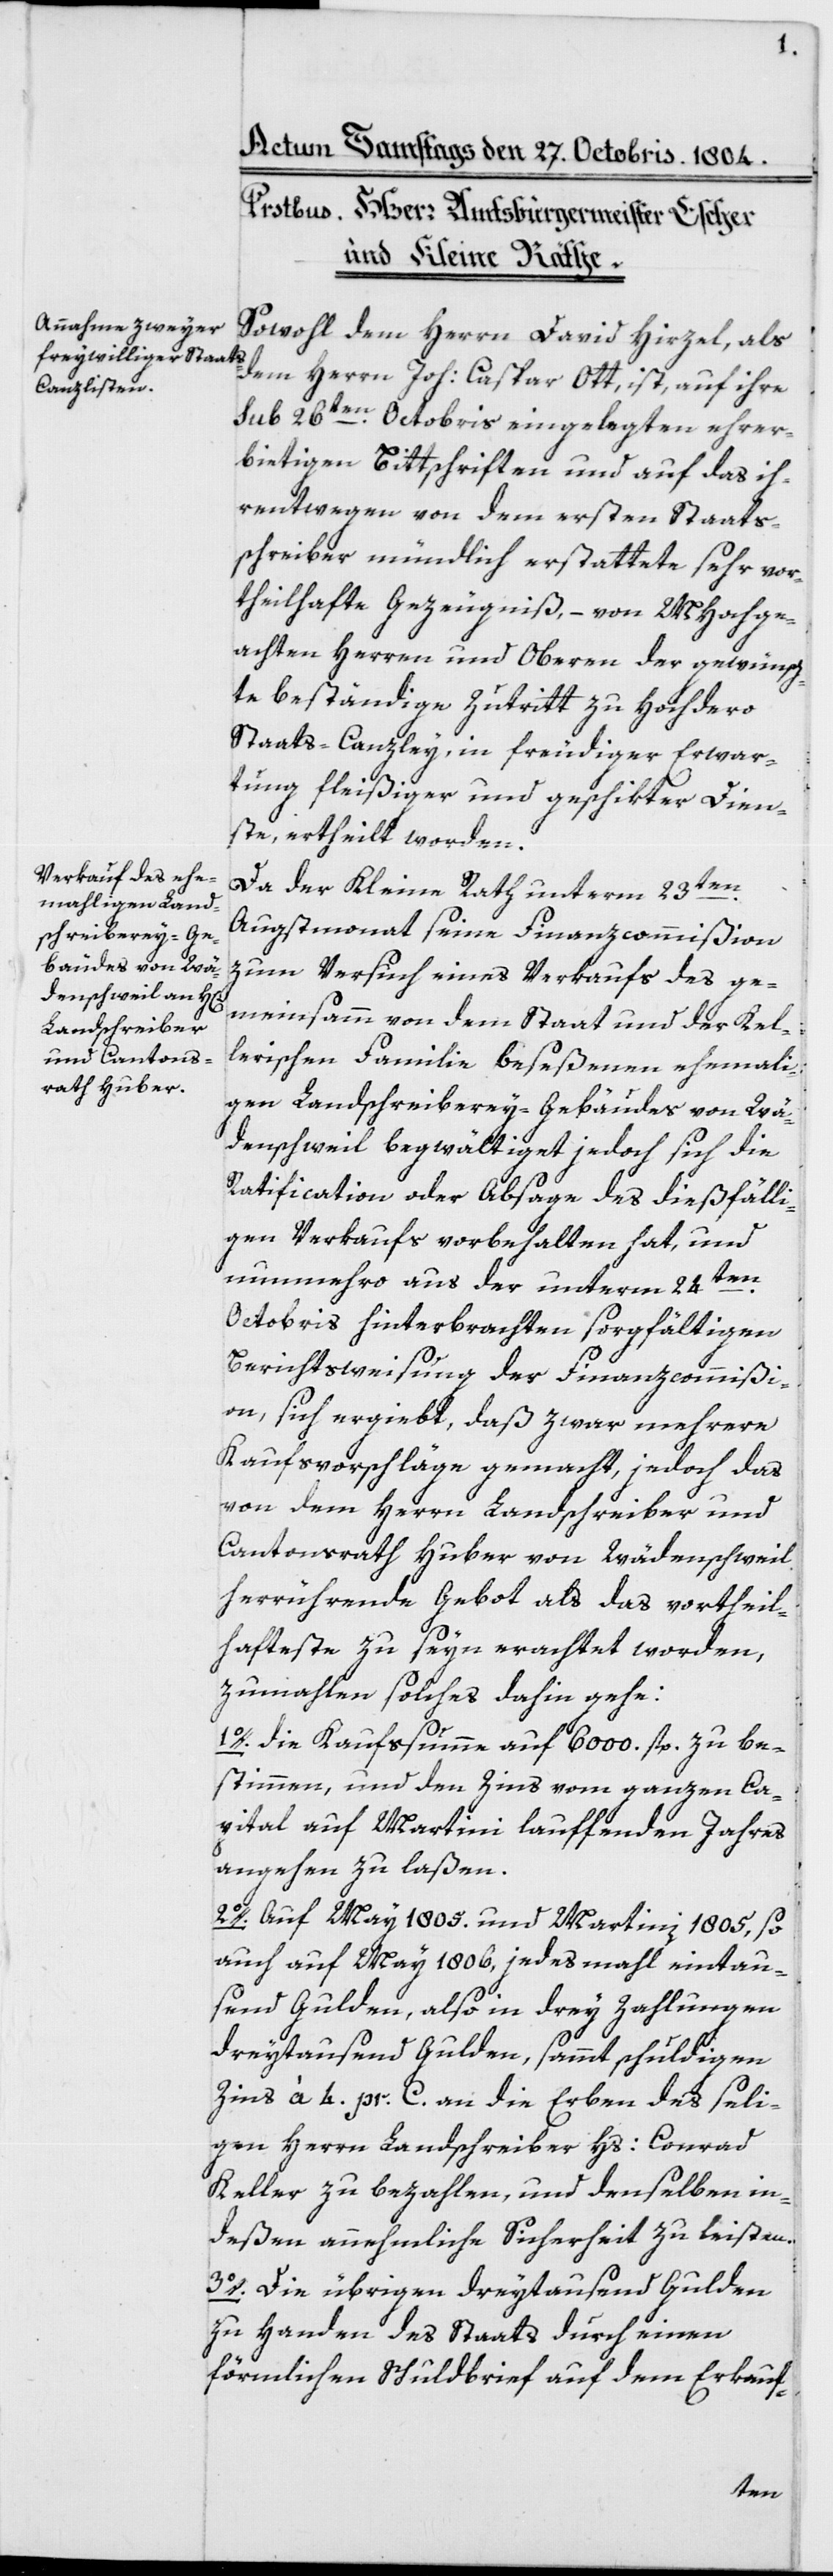
Sowohl dem Herrn David Hirzel als
dem Herrn Joh. Caspar Ott, ist auf ihre
sub 26ten Octobris eingelegten ehrer¬
bietigen Bittschriften und auf das ih¬
rentwegen von dem ersten Staats¬
schreiber mündlich erstattete sehr vor¬
theilhafte Gezeugniß, – von MHochge¬
achten Herren und Oberen der gewünsch¬
te beständige Zutritt zu Hochdero
Staats-Canzley, in freudiger Erwar¬
tung fleißiger und geschikter Dien¬
ste ertheilt worden.
Da der Kleine Rath unterm 23ten
Augstmonat seine Finanzcommißion
zum Versuch eines Verkaufs des ge¬
meinsamm von dem Staat und der Kel¬
lerischen Familie beseßenen ehemahli¬
gen Landschreiberey-Gebäudes von Wä¬
denschweil, begwältiget jedoch sich die
Ratification oder Absage des dießfälli¬
gen Verkaufs vorbehalten hat, und
nunmehro aus der unterm 24ten
Octobris hinterbrachten sorgfältigen
Berichtsweisung der Finanzcommißi¬
on, sich ergiebt, daß zwar mehrere
Kaufsvorschläge gemacht, jedoch das
von dem Herrn Landschreiber und
Cantonsrath Huber von Wädenschweil
herrührende Gebot als das vortheil¬
hafteste zu seyn erachtet worden,
zumahlen solches dahin gehe:
1. Die Kaufsumme auf 6'000 fl. zu be¬
stimmen, und den Zins vom ganzen Ca¬
pital auf Martini laufenden Jahres
angehen zu laßen.
2. Auf May 1805 und Martini 1805, so
auch auf May 1806, jedesmahl eintau¬
send Gulden, also in drey Zahlungen
dreytausend Gulden, sammt schuldigen
Zins à 4 pr. C. an die Erben des seli¬
gen Herrn Landschreiber Hs. Conrad
Keller zu bezahlen, und denselben in¬
deßen annehmliche Sicherheit zu leisten.
3. Die übrigen dreytausend Gulden
zu Handen des Staats durch einen
förmlichen Schuldbrief auf dem Erkauf